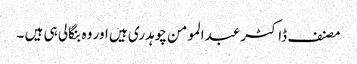
مصنف ڈاکٹر عبدالمومن چوہدری ہیں اور وہ بنگالی ہی ہیں ۔